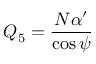
Q _ { 5 } = \frac { N \alpha ^ { \prime } } { \cos \psi }